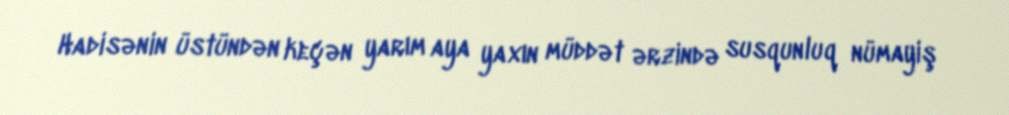
Hadisənin üstündən keçən yarım aya yaxın müddət ərzində susqunluq nümayiş